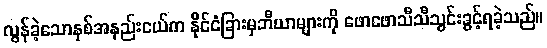
လွန်ခဲ့သောနှစ်အနည်းငယ်က နိုင်ငံခြားမှဘီယာများကို ဖောဖောသီသီသွင်းခွင့်ရခဲ့သည်။